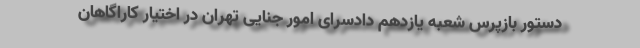
دستور بازپرس شعبه یازدهم دادسرای امور جنایی تهران در اختیار کاراگاهان